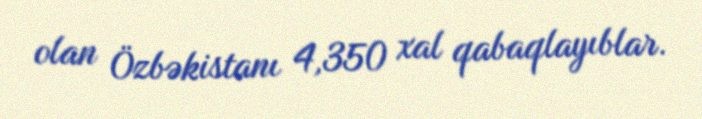
olan Özbəkistanı 4,350 xal qabaqlayıblar.